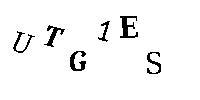
UTG1ES